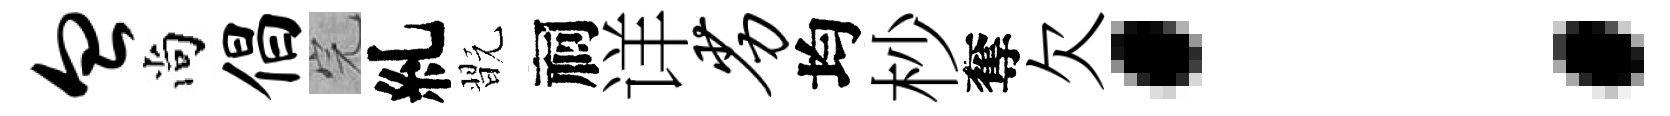
血尚倡完糺翫祠详劣均杪奪欠：